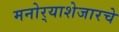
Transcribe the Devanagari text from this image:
मनोर्‍याशेजारचे